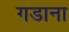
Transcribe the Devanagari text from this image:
गडाना